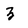
Character: Z